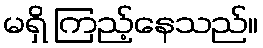
မရှိ ကြည့်နေသည်။